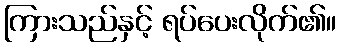
ကြားသည်နှင့် ရပ်ပေးလိုက်၏။